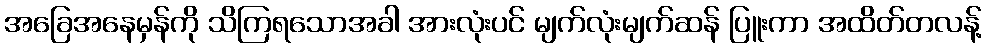
အခြေအနေမှန်ကို သိကြရသောအခါ အားလုံးပင် မျက်လုံးမျက်ဆန် ပြူးကာ အထိတ်တလန့်